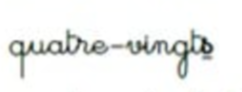
quatre-vingts